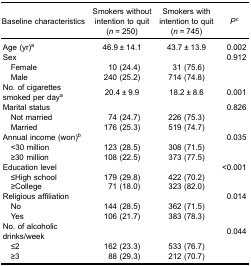
| Baseline characteristics | Smokers withoutintention to quit(n = 250) | Smokers withintention to quit(n = 745) | Pc |
 | --- | --- | --- | --- |
 | Age (yr)a | 46.9 ± 14.1 | 43.7 ± 13.9 | 0.002 |
 | Sex |  |  | 0.912 |
 | Female | 10 (24.4) | 31 (75.6) |  |
 | Male | 240 (25.2) | 714 (74.8) |  |
 | No. of cigarettes smoked per daya | 20.4 ± 9.9 | 18.2 ± 8.6 | 0.001 |
 | Marital status |  |  | 0.826 |
 | Not married | 74 (24.7) | 226 (75.3) |  |
 | Married | 176 (25.3) | 519 (74.7) |  |
 | Annual income (won)b |  |  | 0.035 |
 | <30 million | 123 (28.5) | 308 (71.5) |  |
 | ≥30 million | 108 (22.5) | 373 (77.5) |  |
 | Education level |  |  | <0.001 |
 | ≤High school | 179 (29.8) | 422 (70.2) |  |
 | ≥College | 71 (18.0) | 323 (82.0) |  |
 | Religious affiliation |  |  | 0.014 |
 | No | 144 (28.5) | 362 (71.5) |  |
 | Yes | 106 (21.7) | 383 (78.3) |  |
 | No. of alcoholic drinks/week |  |  | 0.044 |
 | ≤2 | 162 (23.3) | 533 (76.7) |  |
 | ≥3 | 88 (29.3) | 212 (70.7) |  |